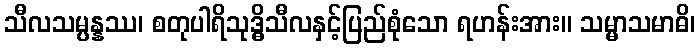
သီလသမ္ပန္နဿ၊ စတုပါရိသုဒ္ဓိသီလနှင့်ပြည်စုံသော ရဟန်းအား။ သမ္မာသမာဓိ၊